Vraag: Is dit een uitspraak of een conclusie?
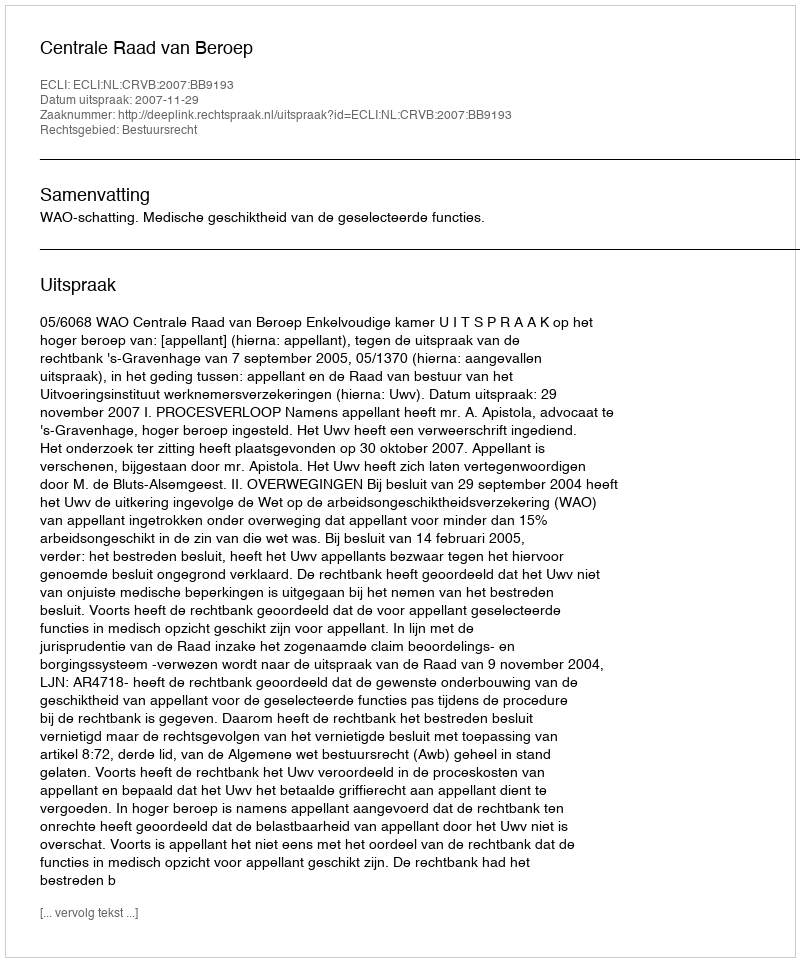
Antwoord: Uitspraak